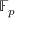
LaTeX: \mathbb { F } _ { p }